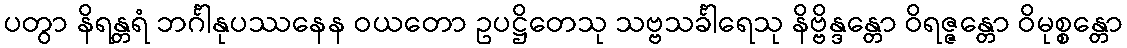
ပတွာ နိရန္တရံ ဘင်္ဂါနုပဿနေန ဝယတော ဥပဋ္ဌိတေသု သဗ္ဗသင်္ခါရေသု နိဗ္ဗိန္ဒန္တော ဝိရဇ္ဇန္တော ဝိမုစ္စန္တော